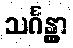
သင်္ဂန္တွာ